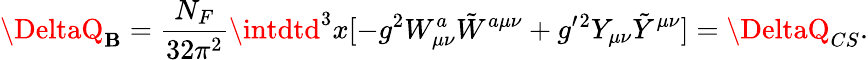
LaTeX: \DeltaQ_{\mathbf{B}}={\frac{{N_{F}}}{{32\pi^{2}}}}\intdtd^{3}x[-g^{2}W_{\mu\nu}^{a}{\tilde{{W}}}^{a\mu\nu}+{g^{\prime}}{}^{2}Y_{\mu\nu}{\tilde{{Y}}}^{\mu\nu}]=\DeltaQ_{CS}.